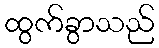
ထွက်ခွာသည်